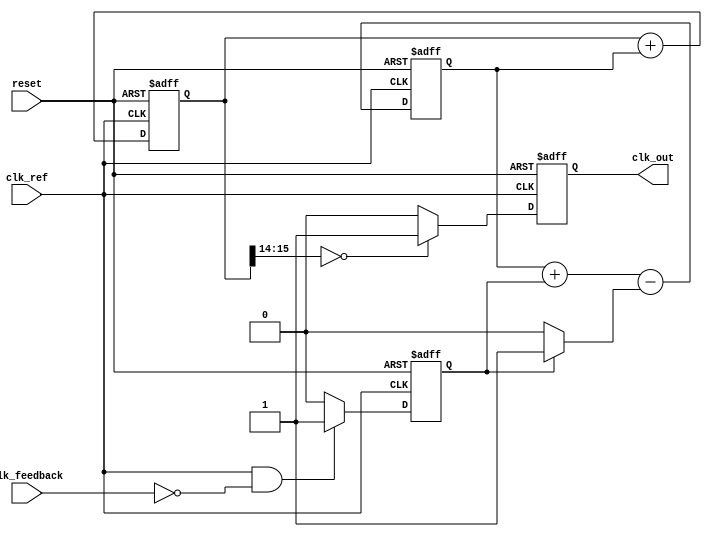
module ADPLL (
    input wire clk_ref,        // Reference clock input
    input wire clk_feedback,   // Feedback clock input
    input wire reset,          // Reset signal
    output reg clk_out         // Output clock
);

// Phase Detector
reg phase_error; // Phase error signal

always @(posedge clk_ref or posedge reset) begin
    if (reset) begin
        phase_error <= 0;
    end else begin
        // Simple phase detector: Compare rising edges of reference and feedback clocks
        phase_error <= (clk_ref && !clk_feedback) ? 1 : 0; // Phase error signal
    end
end

// Loop Filter (Digital Low-Pass Filter)
reg [7:0] control_signal; // Control signal for NCO

always @(posedge clk_ref or posedge reset) begin
    if (reset) begin
        control_signal <= 8'h00; // Initial control signal
    end else begin
        // Simple loop filter: Adjust control signal based on phase error
        control_signal <= control_signal + phase_error - (phase_error ? 1 : 0);
    end
end

// Numerically Controlled Oscillator (NCO)
reg [15:0] phase_accumulator; // Phase accumulator
reg [15:0] nco_output;         // NCO output

always @(posedge clk_ref or posedge reset) begin
    if (reset) begin
        phase_accumulator <= 0;
        clk_out <= 0;
    end else begin
        // Update phase accumulator
        phase_accumulator <= phase_accumulator + control_signal;

        // Generate output clock based on NCO output
        clk_out <= (phase_accumulator[15:14] == 2'b00) ? 1 : 0; // Example output logic based on phase
    end
end

// Memory Block (for storing phase and frequency information)
reg [7:0] memory_block [0:255]; // Simple memory block for control words

// Example control word loading (could be part of a control logic)
initial begin
    memory_block[0] = 8'h10; // Load control word into memory
    // Additional control words can be loaded as needed
end

endmodule